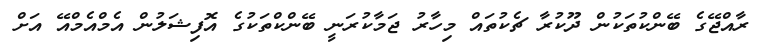
ރާއްޖޭގެ ބޭންކުތަކުން ދޫކުރާ ޗެކުތައް މިހާރު ޖަމާކުރަނީ ބޭންކްތަކުގެ އޮފިޝަލުން އެމްއެމްއޭ އަށް